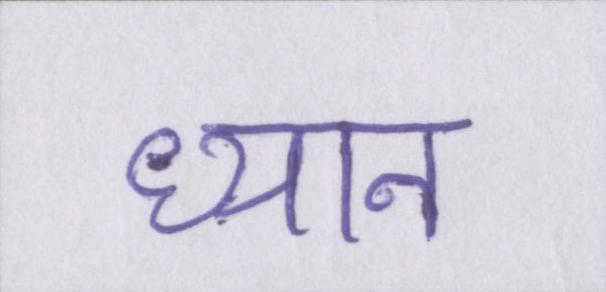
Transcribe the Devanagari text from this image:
ध्यान